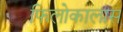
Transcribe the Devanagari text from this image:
फिलोकालास